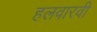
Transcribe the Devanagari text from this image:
हलवारवी